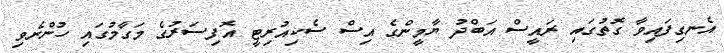
އެނގިފައިވާ ގޮތުގައި ރައީސް އަބްދު ޔާމީންގެ އިސް ސެކިއުރިޓީ އޮފިސަރުގެ މަގާމުގައި ހުންނެވި